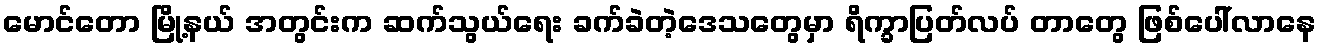
မောင်တော မြို့နယ် အတွင်းက ဆက်သွယ်ရေး ခက်ခဲတဲ့ဒေသတွေမှာ ရိက္ခာပြတ်လပ် တာတွေ ဖြစ်ပေါ်လာနေ